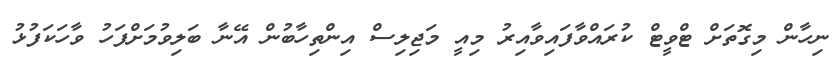
ނިހާން މިގޮތަށް ޓްވީޓް ކުރައްވާފައިވާއިރު މިއީ މަޖިލިސް އިންތިހާބުން އޭނާ ބަލިވުމަށްފަހު ވާހަކަފުޅު